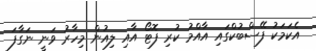
އެކަމަކު ފޭސްބުކްގައި އާއްމު ކުރި ފޮޓޯ އާއި ލިއުން މިހާރު ވަނީ ނަގާފަ